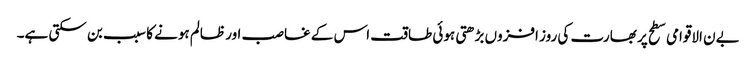
بےن الاقوامی سطح پر بھارت کی روز افزوں بڑھتی ہوئی طاقت اس کے غاصب اور ظالم ہونے کا سبب بن سکتی ہے۔